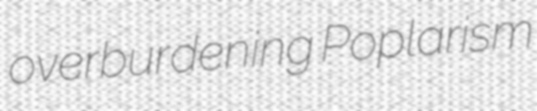
overburdening Poplarism